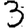
Digit: 3